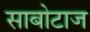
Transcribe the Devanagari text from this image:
साबोटाज